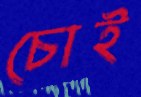
চোই